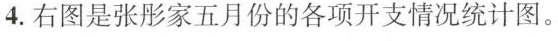
4.右图是张彤家五月份的各项开支情况统计图。